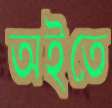
অইতে